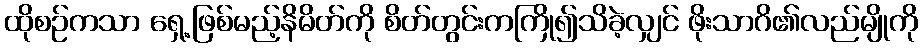
ထိုစဉ်ကသာ ရှေ့ဖြစ်မည့်နိမိတ်ကို စိတ်တွင်းကကြို၍သိခဲ့လျှင် ဖိုးသာဂိ၏လည်မျိုကို